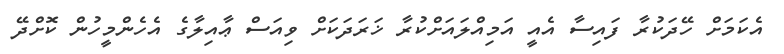
އެކަމަށް ހޭދަކުރާ ފައިސާ އެއީ އަމިއްލައަށްކުރާ ޚަރަދަކަށް ވިއަސް ޢާއިލާގެ އެހެންމީހުން ކޮށްދޭ